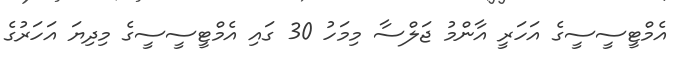
އެމްޓީސީސީގެ އަހަރީ އާންމު ޖަލްސާ މިމަހު 30 ގައި އެމްޓީސީސީގެ މިދިޔަ އަހަރުގެ